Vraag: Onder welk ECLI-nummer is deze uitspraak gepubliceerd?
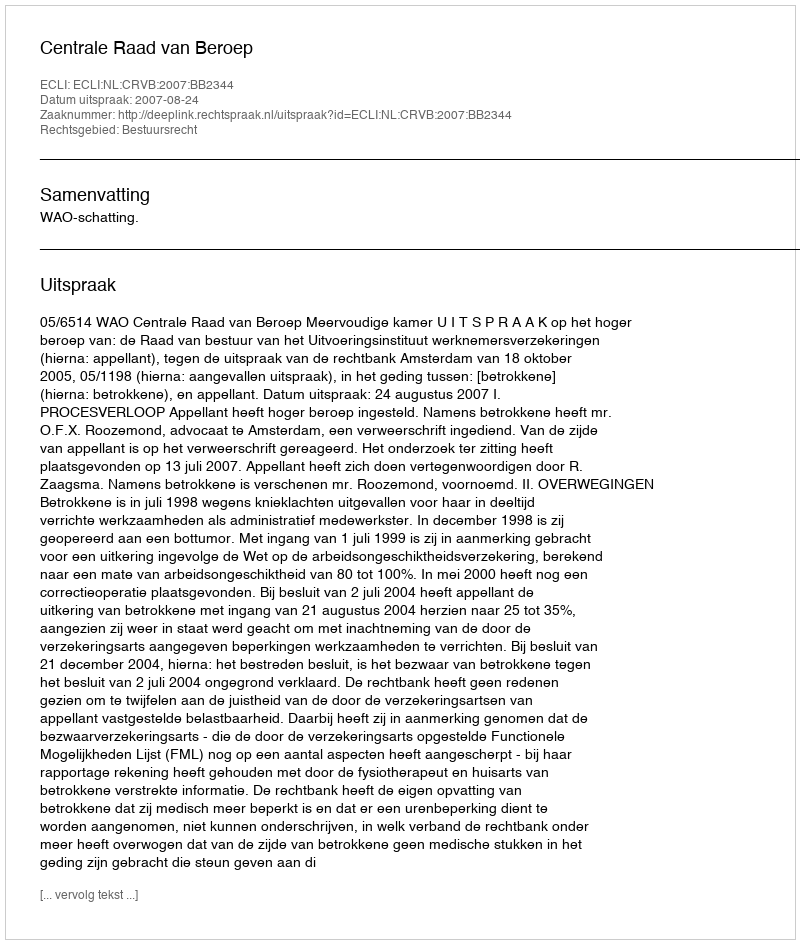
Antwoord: ECLI:NL:CRVB:2007:BB2344